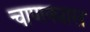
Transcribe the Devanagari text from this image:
चाणक्यास